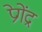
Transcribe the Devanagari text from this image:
प्रेगेंद्र